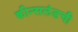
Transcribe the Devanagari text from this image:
क्वीन्सलंडची